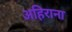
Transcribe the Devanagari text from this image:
अहिराना